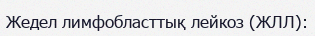
Жедел лимфобласттық лейкоз (ЖЛЛ):